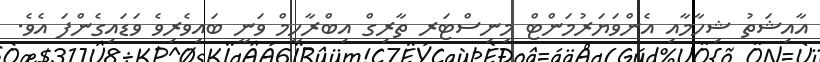
އާއިޝަތު ޝިހާމާއި އެންވަޔަރުމަންޓް މިނިސްޓަރ ތާރިގް އިބްރާހީމް ވަނީ ބައިވެރިވެ ވަޑައިގެންފަ އެވެ.